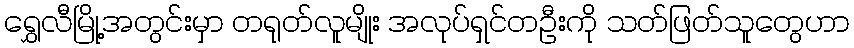
ရွှေလီမြို့အတွင်းမှာ တရုတ်လူမျိုး အလုပ်ရှင်တဦးကို သတ်ဖြတ်သူတွေဟာ